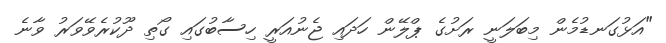
"އަޅުގަނޑުމެން މިބަލަނީ ރަށުގެ ޕްލޭން ހަދައި ޖެނުއަރީ ހިސާބުގައި ގޯތި ދޫކުރެވޭވަރު ވާނެ